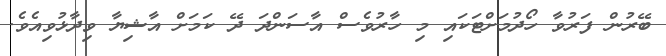
ބޭރުން ފަރުވާ ހޯދުމަށްޓަކައި މި ހާރުވެސް އާސަންދަ ދޭ ކަމަށް އާޝިޔާ ވިދާޅުވިއެވެ.